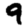
Digit: 9